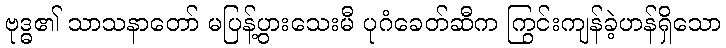
ဗုဒ္ဓ၏ သာသနာတော် မပြန့်ပွားသေးမီ ပုဂံခေတ်ဆီက ကြွင်းကျန်ခဲ့ဟန်ရှိသော